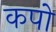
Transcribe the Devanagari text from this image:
कपो